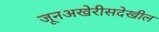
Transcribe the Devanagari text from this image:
जूनअखेरीसदेखील